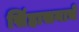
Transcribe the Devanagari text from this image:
सिंहासनाचे